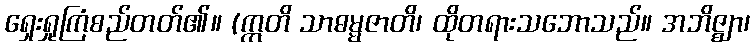
ရှေးရှုကြံစည်တတ်၏။ (ဣတိ သာဓမ္မဇာတိ၊ ထိုတရားသဘောသည်။ အဘိဇ္ဈာ၊